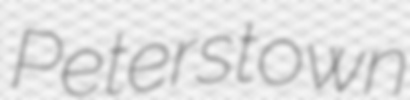
Peterstown